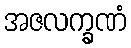
အဇလက္ခဏံ